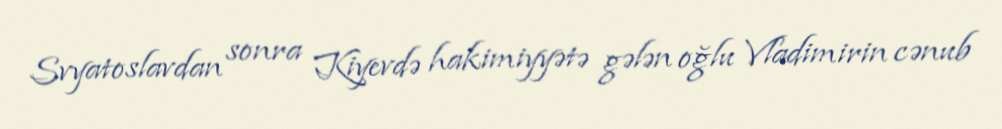
Svyatoslavdan sonra Kiyevdə hakimiyyətə gələn oğlu Vladimirin cənub